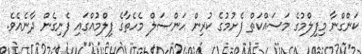
ކަންގްނާ މިފިލްމުގެ މަސައްކަތް ފެށުމުގެ ކުރިން ހަންސަލް މެހެތާގެ ފިލްމުއްގައި ފެނިގެން ދާނެއެވެ.